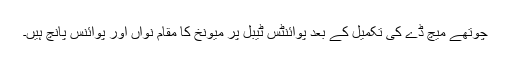
چوتھے میچ ڈے کی تکمیل کے بعد پوائنٹس ٹیبل پر میونخ کا مقام نواں اور پوائنس پانچ ہیں۔